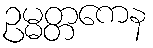
ဥမ္မတ္တကေန